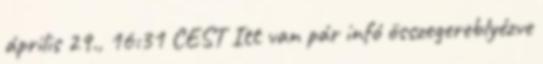
április 29., 16:31 CEST Itt van pár infó összegereblyézve